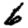
Digit: 6